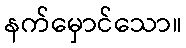
နက်မှောင်သော။